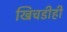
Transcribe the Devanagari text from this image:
खिचडीही